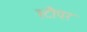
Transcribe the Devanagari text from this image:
स्टौपर